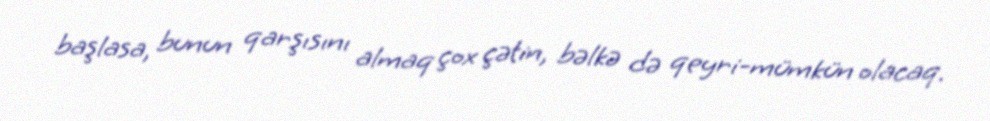
başlasa, bunun qarşısını almaq çox çətin, bəlkə də qeyri-mümkün olacaq.